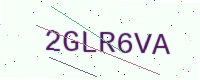
Text: 2GLR6VA